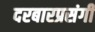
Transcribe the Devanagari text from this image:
दरबारप्रसंगी